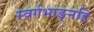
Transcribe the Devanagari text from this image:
स्वर्गभाङ्नहि